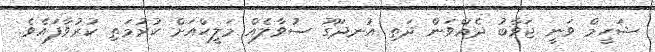
ޝަހީމް ވަނީ ޖަވާބު ދެއްވަން ދަތި އުނދަގޫ ސުވާލެއް މަލީހްއަށް ކުރުމަތި ކުރުވާފައެވެ.